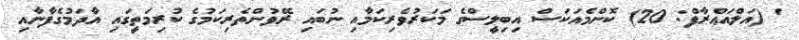
' (އަލްއަޢްރާފް: 20) ކޮންމެއަކަސް އިބިލީސްގެ މަކަރުވެރިކަމާއި ނުބައި ރޭވުންތެރިކަމުގެ ކުރިމަތީގައި އާދަމުގެފާނާއި